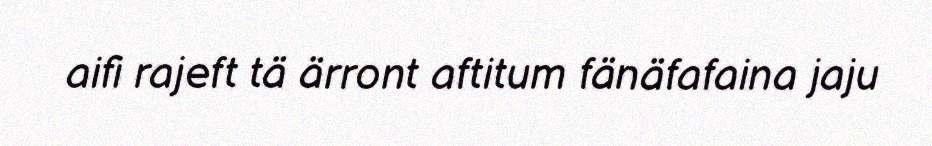
aifi rajeft tä ärront aftitum fänäfafaina jaju